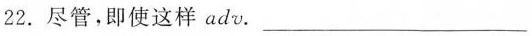
22. 尽管，即使这样 adv. ___